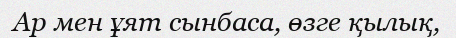
Ар мен ұят сынбаса, өзге қылық,